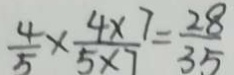
\frac { 4 } { 5 } \times \frac { 4 \times 7 } { 5 \times 7 } = \frac { 2 8 } { 3 5 }